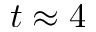
t \approx 4